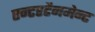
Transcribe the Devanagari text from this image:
एन्टरटैनमेन्ट